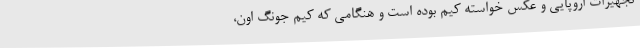
تجهیزات اروپایی و عکس خواسته کیم بوده است و هنگامی که کیم جونگ اون،